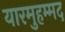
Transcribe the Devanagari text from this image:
यारमुहम्मद